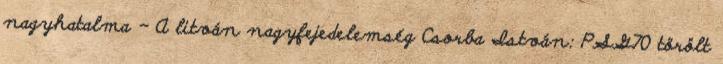
nagyhatalma - A litván nagyfejedelemség Csorba István: PSG70 törölt